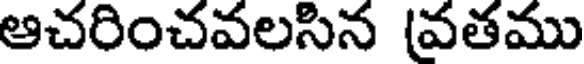
ఆచరించవలసిన (వతము